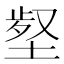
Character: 𡎙